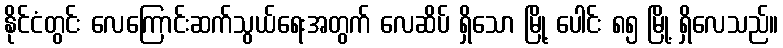
နိုင်ငံတွင်း လေကြောင်းဆက်သွယ်ရေးအတွက် လေဆိပ် ရှိသော မြို့ ပေါင်း ၈၅ မြို့ ရှိလေသည်။